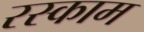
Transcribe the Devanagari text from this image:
रस्काम